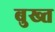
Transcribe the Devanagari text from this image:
बुख्त